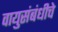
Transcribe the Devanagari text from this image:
वायुसंबंधीचे